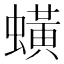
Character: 蟥